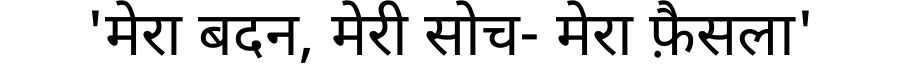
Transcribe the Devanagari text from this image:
'मेरा बदन, मेरी सोच- मेरा फ़ैसला'